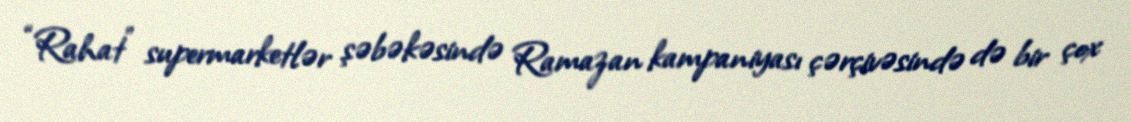
“Rahat” supermarketlər şəbəkəsində Ramazan kampaniyası çərçivəsində də bir çox